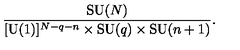
{ \frac { \mathrm { S U } ( N ) } { [ \mathrm { U } ( 1 ) ] ^ { N - q - n } \times \mathrm { S U } ( q ) \times \mathrm { S U } ( n + 1 ) } } .